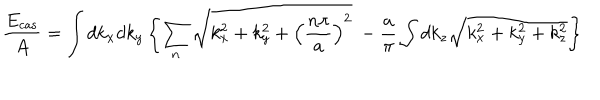
\frac { E _ { \mathrm { c a s } } } { A } = \int d k _ { x } d k _ { y } \left\{ \sum _ { n } \sqrt { k _ { x } ^ { 2 } + k _ { y } ^ { 2 } + \left( \frac { n \pi } { a } \right) ^ { 2 } } ~ - \frac { a } { \pi } \int d k _ { z } \sqrt { k _ { x } ^ { 2 } + k _ { y } ^ { 2 } + k _ { z } ^ { 2 } } \right\}